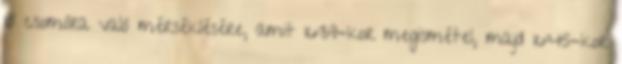
18 csomóra való mérséklésére, amit 16:39-kor megismétel, majd 16:45-kor